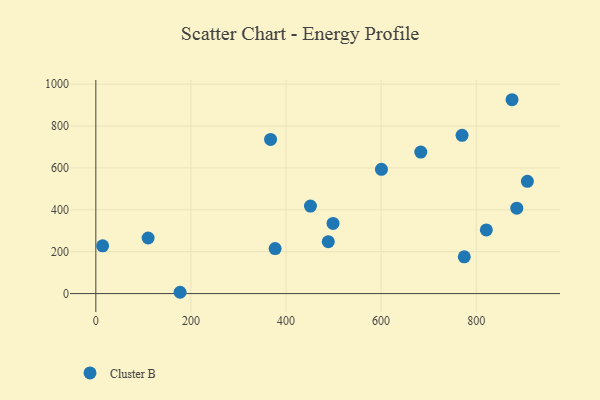
{"axis": {"x": "Investment", "y": "Fuel Efficiency"}, "legend": ["Cluster B"], "data": [{"x": "821.3", "y": 303.8, "type": "Cluster B"}, {"x": "110.0", "y": 265.4, "type": "Cluster B"}, {"x": "377.1", "y": 215.1, "type": "Cluster B"}, {"x": "885.3", "y": 407.7, "type": "Cluster B"}, {"x": "177.2", "y": 6.3, "type": "Cluster B"}, {"x": "600.7", "y": 593.5, "type": "Cluster B"}, {"x": "498.9", "y": 335.2, "type": "Cluster B"}, {"x": "488.9", "y": 248.0, "type": "Cluster B"}, {"x": "683.4", "y": 675.9, "type": "Cluster B"}, {"x": "907.6", "y": 535.8, "type": "Cluster B"}, {"x": "774.9", "y": 175.5, "type": "Cluster B"}, {"x": "875.3", "y": 925.6, "type": "Cluster B"}, {"x": "770.2", "y": 755.6, "type": "Cluster B"}, {"x": "14.3", "y": 227.9, "type": "Cluster B"}, {"x": "367.5", "y": 736.2, "type": "Cluster B"}, {"x": "451.4", "y": 417.7, "type": "Cluster B"}]}